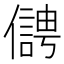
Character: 𠏬